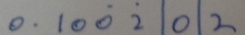
0 . 1 0 \dot { 0 } \dot { 2 } 1 0 1 2